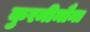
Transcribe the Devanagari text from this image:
कुरमीमौना